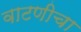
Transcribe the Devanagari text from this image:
वाटणीचा